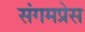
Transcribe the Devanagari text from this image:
संगमप्रेस